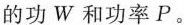
的功W和功率P。